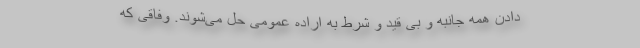
دادن همه جانبه و بی قید و شرط به اراده عمومی حل می‌شوند. وفاقی که